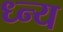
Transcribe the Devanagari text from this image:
ध्न्य